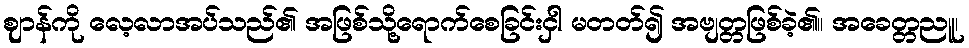
ဈာန်ကို လေ့လာအပ်သည်၏ အဖြစ်သို့ရောက်စေခြင်းငှါ မတတ်၍ အဗျတ္တဖြစ်ခဲ့၏။ အခေတ္တညူ၊